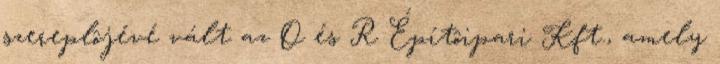
szereplôjévé vált az O és R Építôipari Kft., amely